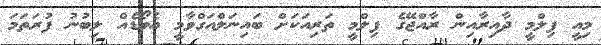
މިއީ ފިލްމީ ދާއިރާއިން ރާއްޖޭގެ ފިލްމީ ތަރިއަކަށް ބައިނަލްއަގްވާމީ އެވޯޑެއް ލިބުނު ފުރަތަމަ